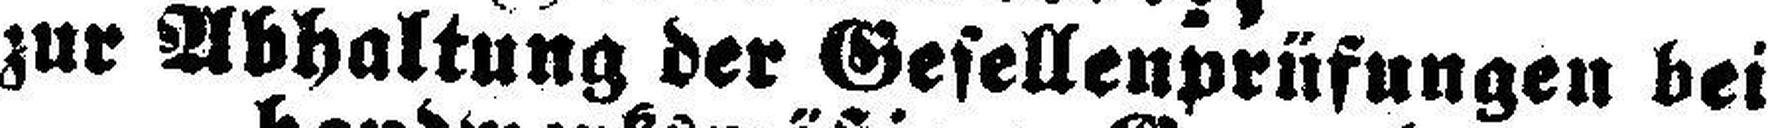
zur Abhaltung der Gesellenprüfungen bei